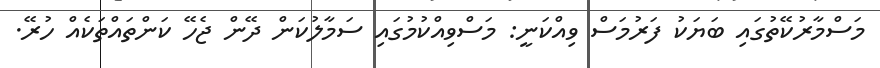
މަސްމާރުކޭތުގައި ބަޔަކު ފަރުމަސް ވިއްކަނީ: މަސްވިއްކުމުގައި ސަމާލުކަން ދޭން ޖެހޭ ކަންތައްތަކެއް ހުރޭ.